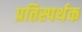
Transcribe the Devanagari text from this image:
प्रतिस्पर्थक